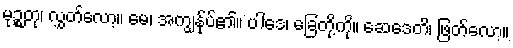
မုဉ္စတု၊ လွှတ်လော့။ မေ၊ အကျွန်ုပ်၏။ ပါဒေ၊ ခြေတို့ကို။ ဆေဒေတိ၊ ဖြတ်လော့။